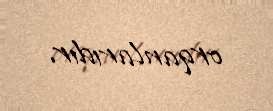
orqanlarıdır.